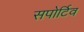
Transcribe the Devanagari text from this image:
सपोर्टिव